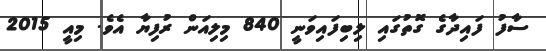
ސާފު ފައިދާގެ ގޮތުގައި ލިބިފައިވަނީ 840 މިލިއަން ރުފިޔާ އެވެ. މިއީ 2015